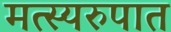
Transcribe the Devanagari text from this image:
मत्स्यरुपात